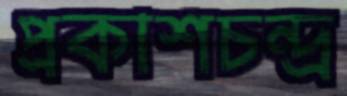
প্রকাশচন্দ্র